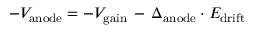
- V _ { \mathrm { a n o d e } } = - V _ { \mathrm { g a i n } } \, - \, \Delta _ { \mathrm { a n o d e } } \cdot E _ { \mathrm { d r i f t } }